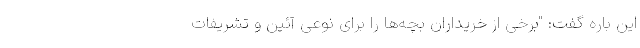
این باره گفت: "برخی از خریداران بچه‌ها را برای نوعی آئین و تشریفات